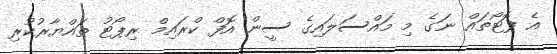
އެ ފޮޓޯތައް ނަގެ މި މައްސަލައިގެ ސީން އޮފް ކްރައިމް ރިޕޯޓު ތައްޔާރުކުރި